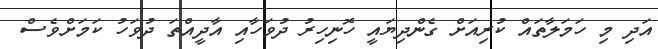
އަދި މި ހަމަލާތައް ކުރިއަށް ގެންދިޔައީ ހޮނިހިރު ދުވަހާއި އާދީއްތަ ދުވަހު ކަމަށްވެސް